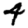
Digit: 4